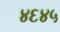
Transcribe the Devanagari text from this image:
४६४५